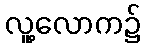
လူ့လောက၌